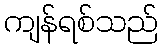
ကျန်ရစ်သည်